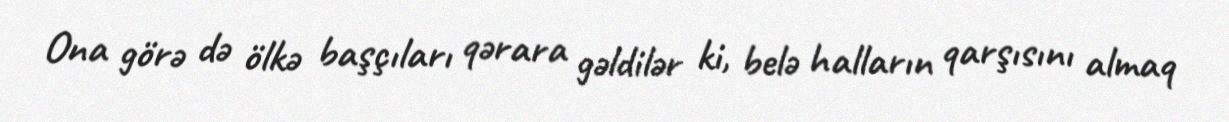
Ona görə də ölkə başçıları qərara gəldilər ki, belə halların qarşısını almaq